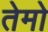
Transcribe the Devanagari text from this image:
तेमो